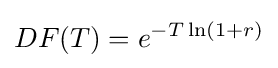
DF(T)=e^{-T\ln(1+r)}